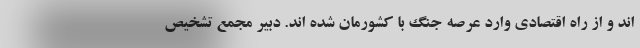
اند و از راه اقتصادی وارد عرصه جنگ با کشورمان شده اند. دبیر مجمع تشخیص